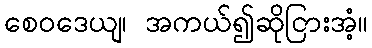
စေဝဒေယျ၊ အကယ်၍ဆိုငြားအံ့။